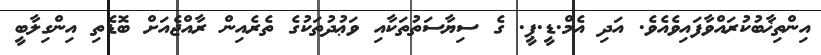
އިންތިޚާބުކުރައްވާފައިވެއެވެ. އަދި އެމް.ޑީ.ޕީ. ގެ ސިޔާސަތުތަކާއި ވަޢުދުތަކުގެ ތެރެއިން ރާއްޖެއަށް ބޮޑެތި އިންގިލާބީ